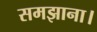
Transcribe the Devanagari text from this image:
समझाना।